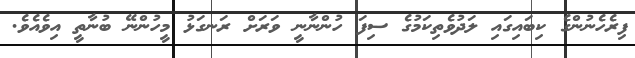
ފިރެހެނުންގެ ކިބައިގައި ލަދުވެތިކަމުގެ ސިފަ ހުންނާނީ ވަރަށް ރަނގަޅު މީހުންނޭ ބުނާތީ އިވެއެވެ.